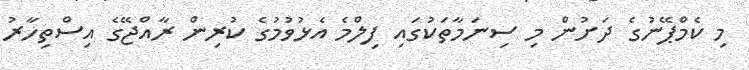
މި ކެމްޕޭނުގެ ދަށުން މި ސިނަމާތަކުގައި ފިލްމެ އެޅުވުމުގެ ކުރިން ރާއްޖޭގެ އިސްތިހާރު